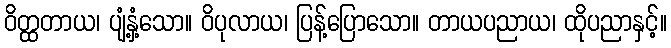
ဝိတ္ထတာယ၊ ပျံ့နှံ့သော။ ဝိပုလာယ၊ ပြန့်ပြောသော။ တာယပညာယ၊ ထိုပညာနှင့်။